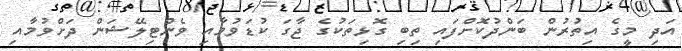
އަދި މީގެ އިތުރުން ބަންދުކޮށްފައި ތިބި ގޮޅިތަކުގެ ޖާގަ ކުޑަވުމާއި ވެންޓިލޭޝަން ދަށްވުމާއި